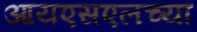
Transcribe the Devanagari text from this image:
आयएसएलच्या